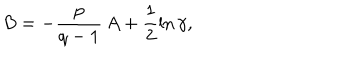
LaTeX: B = - \frac { p } { q - 1 } \, A + \frac 1 2 \ln \gamma ,